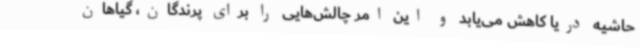
حاشیه دریا کاهش می‌یابد و این امر چالش‌هایی را برای پرندگان، گیاهان